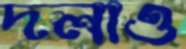
দলাও